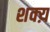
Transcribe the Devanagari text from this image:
शक्य़